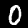
Digit: 0